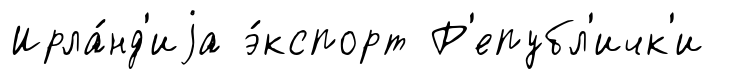
Ирла́нд'иjа э́кспорт Р'епубл'ичк'и